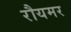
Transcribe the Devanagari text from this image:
रौयमर